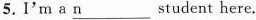
5.I'm a \underline{n} student here.